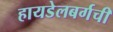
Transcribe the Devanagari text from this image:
हायडेलबर्गची